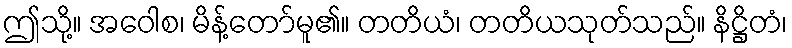
ဤသို့။ အဝေါစ၊ မိန့်တော်မူ၏။ တတိယံ၊ တတိယသုတ်သည်။ နိဋ္ဌိတံ၊